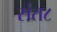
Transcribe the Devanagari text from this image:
संत८